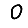
Digit: 0